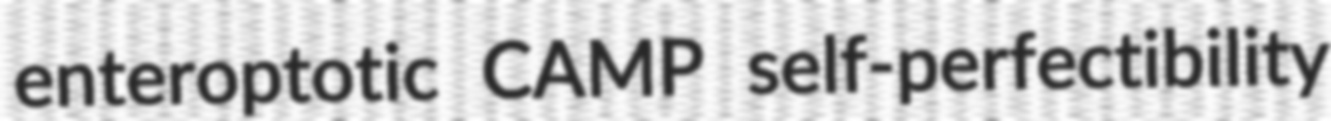
enteroptotic CAMP self-perfectibility